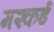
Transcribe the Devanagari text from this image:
मश्कई